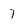
Character: 7